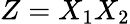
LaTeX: Z=X_{1}X_{2}